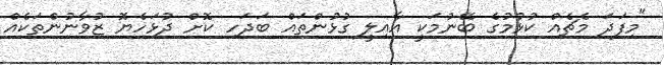
"މިފަދަ މެޗެއް ކުޅުމުގެ ބޭނުމަކީ އާއިލީ ގުޅުންތައް ބަދަހި ކޮށް ދުޅަހެޔޮ ޒުވާނުންތަކެއް